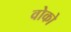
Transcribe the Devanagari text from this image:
वोको